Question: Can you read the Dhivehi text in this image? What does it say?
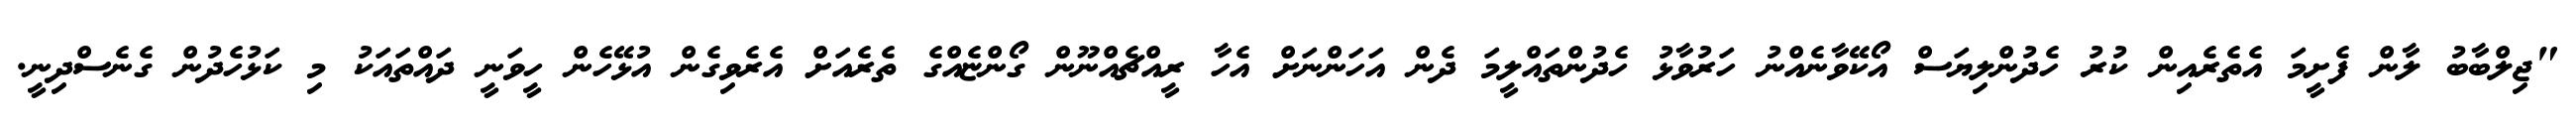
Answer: "ޖިލްބާބު ލާން ފެށީމަ އެތެރެއިން ކުރު ހެދުންލިޔަސް އޯކޭވާނެއްނު ހަރުވާޅު ހެދުންތައްލީމަ ދެން އަހަންނަށް އެހާ ރީއްޗެއްނޫން ގޯންޏެއްގެ ތެރެއަށް އެރެވިގެން އުޅޭހެން ހީވަނީ ދައްތައަކު މި ކަޅުހެދުން ގެނެސްދިނީ.